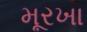
મૂરખા